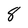
Character: 8